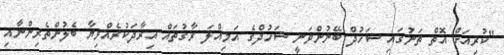
"ކުރިއަށް އޮތް ތަނުގައި ޝަހުދް ބޭނުންވަނީ ޝަހުދްގެ އަމިއްލަ ރާގުތައް އިރާދަކުރެއްވިޔާ ބެލުންތެރިންނާއި